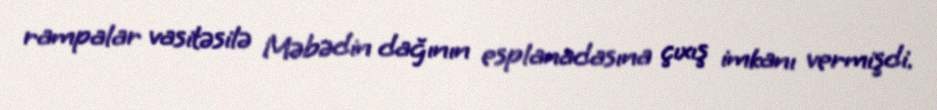
rampalar vasitəsilə Məbədin dağının esplanadasına çıxış imkanı vermişdi.